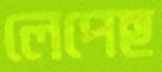
লেপেছ